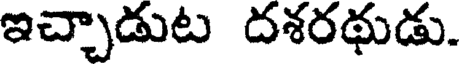
ఇచ్చాడుట దశరథుడు.